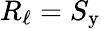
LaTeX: R_{\mathrm{\ell}}=S_{\mathrm{y}}